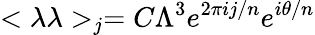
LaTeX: <\lambda\lambda>_{j}=C\Lambda^{3}e^{2\pi ij/n}e^{i\theta/n}